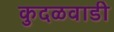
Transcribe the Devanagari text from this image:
कुदळवाडी